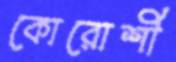
কোরোশী